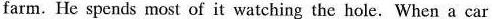
farm. He spends most of it watching the hole. When a car